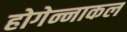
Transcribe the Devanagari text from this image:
होगेन्नाकल